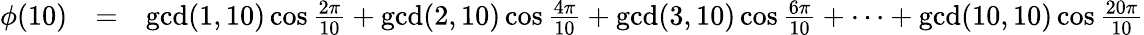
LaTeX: \begin{array}{rcl}{\phi(10)}&{=}&{\operatorname*{gcd}(1,10)\cos{\frac{2\pi}{10}}+\operatorname*{gcd}(2,10)\cos{\frac{4\pi}{10}}+\operatorname*{gcd}(3,10)\cos{\frac{6\pi}{10}}+\cdots+\operatorname*{gcd}(10,10)\cos{\frac{20\pi}{10}}}\end{array}